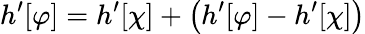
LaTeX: h^{\prime}[\varphi]=h^{\prime}[\chi]+\left(h^{\prime}[\varphi]-h^{\prime}[\chi]\right)